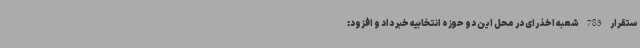
ستقرار 783 شعبه اخذ رای در محل این دو حوزه انتخابیه خبر داد و افزود: